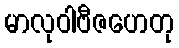
မာလုဝါဗီဇဟေတု